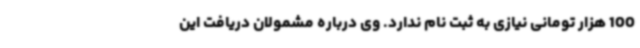
100 هزار تومانی نیازی به ثبت نام ندارد. وی درباره مشمولان دریافت این